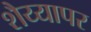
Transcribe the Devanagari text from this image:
शैय्यापर